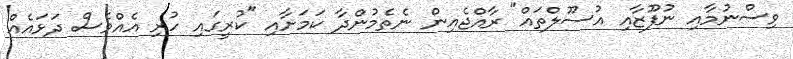
ވިސްނުމާއި ނުފޫޒާއި އުސޫލްތައް" ރާއްޖެއިން ނެތެމުންދާ ކަމަށާއި "ކުރީގައި ހުރި އެއްވެސް ދަޅައެއް